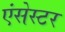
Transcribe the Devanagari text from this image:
एंसेस्टर